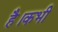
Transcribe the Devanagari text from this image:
है।कभी